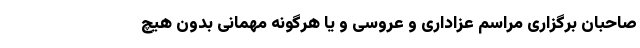
صاحبان برگزاری مراسم عزاداری و عروسی و یا هرگونه مهمانی بدون هیچ